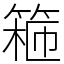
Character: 篐